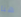
هنا